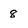
Character: 8